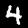
Digit: 4